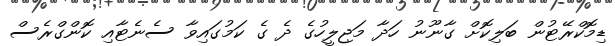
ޑިމޮކްރޭޓުން ބަލިކޮށް ގާނޫނު ހަދާ މަޖިލީހުގެ ދެ ގެ ކަމުގައިވާ ސެނެޓާއި ކޮންގްރެސް